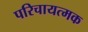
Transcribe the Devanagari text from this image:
परिचायत्मक